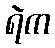
ရဲက